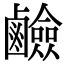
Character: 鹼